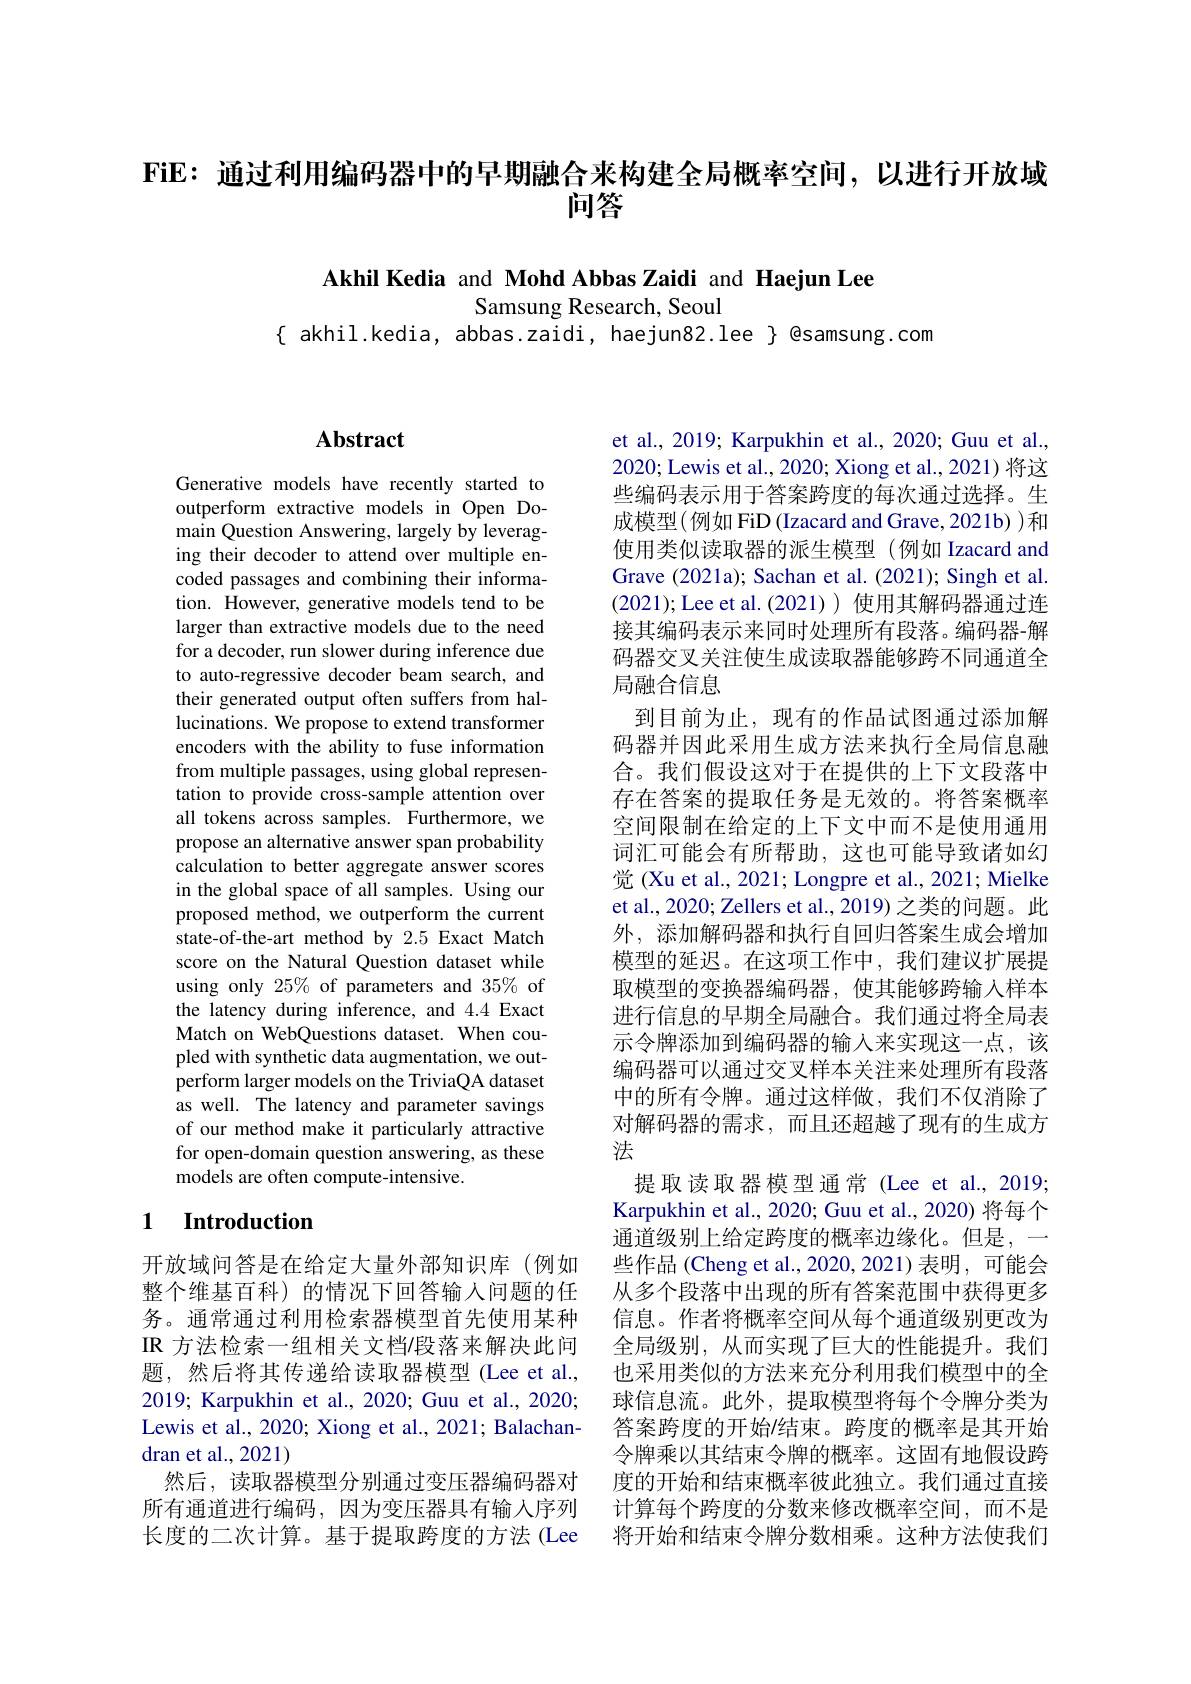
FiE: 通过利用编码器中的早期融合来构建全局概率空间，以进行开放域
问答

Akhil Kedia and Mohd Abbas Zaidi and Haejun Lee

Samsung Research, Seoul
$\{$ akhil.kedia, abbas.zaidi, haejun82.lee $\}$ @samsung.com

## $\mathbf{Abstract}$

Generative models have recently started to outperform extractive models in Open Domain Question Answering, largely by leveraging their decoder to attend over multiple encoded passages and combining their information. However, generative models tend to be larger than extractive models due to the need for a decoder, run slower during inference due to auto-regressive decoder beam search, and their generated output often suffers from hallucinations. We propose to extend transformer encoders with the ability to fuse information from multiple passages, using global representation to provide cross-sample attention over all tokens across samples. Furthermore, we propose an alternative answer span probability calculation to better aggregate answer scores in the global space of all samples. Using our proposed method, we outperform the current state-of-the-art method by 2.5 Exact Match score on the Natural Question dataset while using only 25% of parameters and 35% of the latency during inference, and 4.4 Exact Match on WebQuestions dataset. When coupled with synthetic data augmentation, we outperform larger models on the TriviaQA dataset as well. The latency and parameter savings of our method make it particularly attractive for open-domain question answering, as these models are often compute-intensive.

## 1 Introduction

开放域问答是在给定大量外部知识库(例如整个维基百科) 的情况下回答输入问题的任务。通常通过利用检索器模型首先使用某种IR 方法检索一组相关文档/段落来解决此问题，然后将其传递给读取器模型(Lee et al., 2019; Karpukhin et al., 2020; Guu et al., 2020; Lewis et al., 2020; Xiong et al., 2021; Balachandran et al., 2021)
然后，读取器模型分别通过变压器编码器对所有通道进行编码，因为变压器具有输入序列长度的二次计算。基于提取跨度的方法(Lee

et al., 2019; Karpukhin et al., 2020; Guu et al., 2020; Lewis et al., 2020; Xiong et al., 2021) 将这些编码表示用于答案跨度的每次通过选择。生成模型(例如 FiD(Izacard and Grave, 2021b) )和使用类似读取器的派生模型(例如 Izacard and Grave (2021a); Sachan et al. (2021); Singh et al. (2021);Lee et al.(2021))使用其解码器通过连接其编码表示来同时处理所有段落。编码器-解码器交叉关注使生成读取器能够跨不同通道全局融合信息
到目前为止，现有的作品试图通过添加解码器并因此采用生成方法来执行全局信息融合。我们假设这对于在提供的上下文段落中存在答案的提取任务是无效的。将答案概率空间限制在给定的上下文中而不是使用通用词汇可能会有所帮助，这也可能导致诸如幻觉 (Xu et al., 2021; Longpre et al., 2021; Mielke et al., 2020; Zellers et al., 2019) 之类的问题。此外，添加解码器和执行自回归答案生成会增加模型的延迟。在这项工作中，我们建议扩展提取模型的变换器编码器，使其能够跨输入样本进行信息的早期全局融合。我们通过将全局表示令牌添加到编码器的输入来实现这一点，该编码器可以通过交叉样本关注来处理所有段落中的所有令牌。通过这样做，我们不仅消除了对解码器的需求，而且还超越了现有的生成方法
提取读取器模型通常(Lee et al.,2019; Karpukhin et al., 2020; Guu et al., 2020) 将每个通道级别上给定跨度的概率边缘化。但是，一些作品 (Cheng et al.,2020,2021)表明，可能会从多个段落中出现的所有答案范围中获得更多信息。作者将概率空间从每个通道级别更改为全局级别，从而实现了巨大的性能提升。我们也采用类似的方法来充分利用我们模型中的全球信息流。此外，提取模型将每个令牌分类为答案跨度的开始$\prime$结束。跨度的概率是其开始令牌乘以其结束令牌的概率。这固有地假设跨度的开始和结束概率彼此独立。我们通过直接计算每个跨度的分数来修改概率空间，而不是将开始和结束令牌分数相乘。这种方法使我们